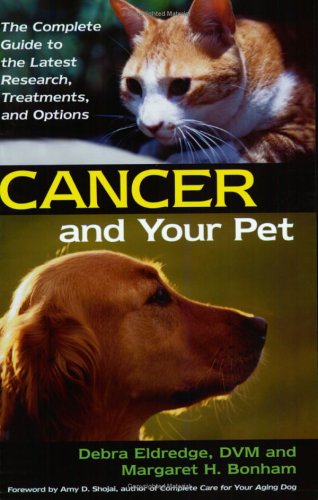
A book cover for Cancer And Your Pet: The Complete Guide to the Latest Research, Treatments, and Options; Debra Eldredge; Medical Books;